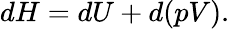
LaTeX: dH=dU+d(pV).